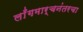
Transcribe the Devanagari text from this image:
लाँगमार्चनंतरचा